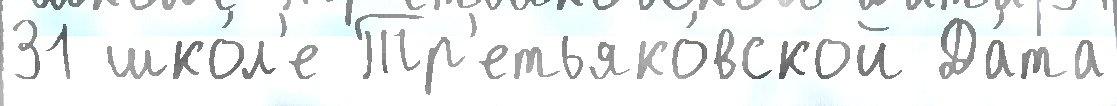
31 шко́л'е Тр'етьяко́вской Да́та